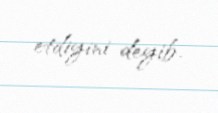
etdiyini deyib.